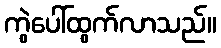
ကွဲပေါ်ထွက်လာသည်။